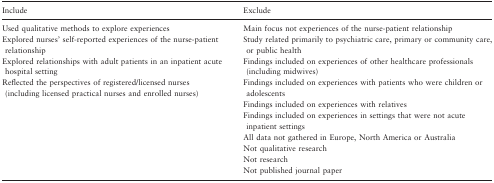
<table><thead><tr><td><b>Include</b></td><td><b>Exclude</b></td></tr></thead><tbody><tr><td>Used qualitative methods to explore experiences</td><td>Main focus not experiences of the nurse-patient relationship</td></tr><tr><td>Explored nurses&#x27; self-reported experiences of the nurse-patient relationship</td><td>Study related primarily to psychiatric care, primary or community care, or public health</td></tr><tr><td>Explored relationships with adult patients in an inpatient acute hospital setting</td><td>Findings included on experiences of other healthcare professionals (including midwives)</td></tr><tr><td>Reflected the perspectives of registered/licensed nurses (including licensed practical nurses and enrolled nurses)</td><td>Findings included on experiences with patients who were children or adolescents</td></tr><tr><td></td><td>Findings included on experiences with relatives</td></tr><tr><td></td><td>Findings included on experiences in settings that were not acute inpatient settings</td></tr><tr><td></td><td>All data not gathered in Europe, North America or Australia</td></tr><tr><td></td><td>Not qualitative research</td></tr><tr><td></td><td>Not research</td></tr><tr><td></td><td>Not published journal paper</td></tr></tbody></table>